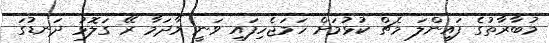
މުބާރާތުގެ ފައިންލަ މެޗް ކުޅުމަށް ހަމަޖެހިފައި ވަނީ މާދަމާ ރޭ ގަލޮޅު ދަނޑުގަ